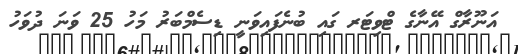
އަނޫރާގް އޭނާގެ ޓްވިޓަރ ގައި ބުނެފައިވަނީ ޑިސެމްބަރު މަހު 25 ވަނަ ދުވަހުު